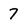
Character: 7